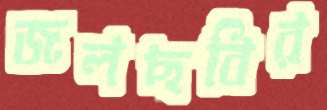
জলছবির